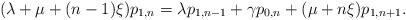
LaTeX: \begin{align*} (\lambda + \mu + (n-1)\xi)p_{1,n}= \lambda p_{1,n-1} + \gamma p_{0,n}+ (\mu + n\xi)p_{1,n+1}.\end{align*}